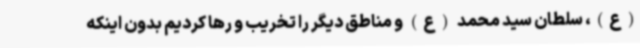
(ع)، سلطان سید محمد (ع) و مناطق دیگر را تخریب و رها کردیم بدون اینکه